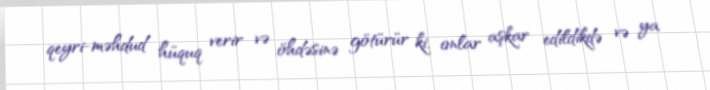
qeyri-məhdud hüquq verir və öhdəsinə götürür ki, onlar aşkar edildikdə və ya